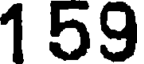
1 59